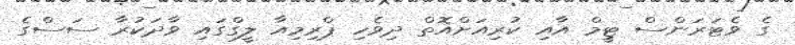
ގެ ވެޓަރަންސް ޓިީމް އާއި ކުރިއަށްއޮތް ދިވެހި ޕްރިމިއާ ލީގްގައި ވާދަކުރާ ސަސްގެ